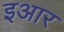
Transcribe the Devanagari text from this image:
इआर